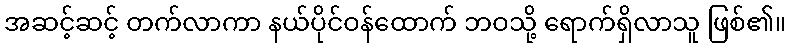
အဆင့်ဆင့် တက်လာကာ နယ်ပိုင်ဝန်ထောက် ဘဝသို့ ရောက်ရှိလာသူ ဖြစ်၏။